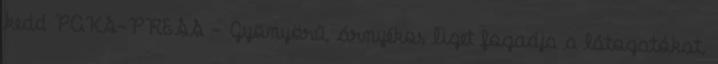
kedd PAKS-PRESS - Gyönyörű, árnyékos liget fogadja a látogatókat,